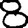
Digit: 8